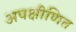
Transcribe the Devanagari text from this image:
अपक्षीणित